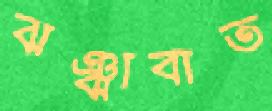
ঝঞ্ঝাবাত